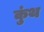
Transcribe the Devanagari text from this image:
कुंथ